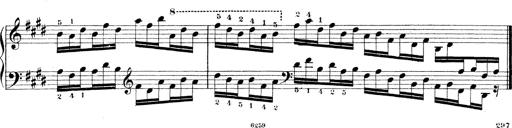
Title: Technische Studien
Composer: Franz Liszt